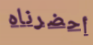
أحضرناه